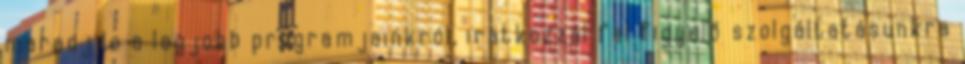
maradj le a legjobb programjainkról, iratkozzál fel figyelő szolgáltatásunkra